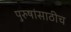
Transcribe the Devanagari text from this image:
पुरुषांसाठीच